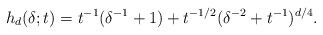
LaTeX: \begin{align*}h_d(\delta;t) = t^{-1}(\delta^{-1}+1) + t^{-1/2}(\delta^{-2} + t^{-1})^{d/4}.\end{align*}